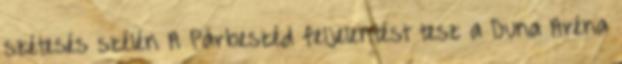
szétesés szélén A Párbeszéd feljelentést tesz a Duna Aréna